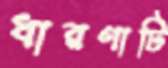
ধারণাটি